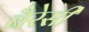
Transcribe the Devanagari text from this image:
बैरेसी